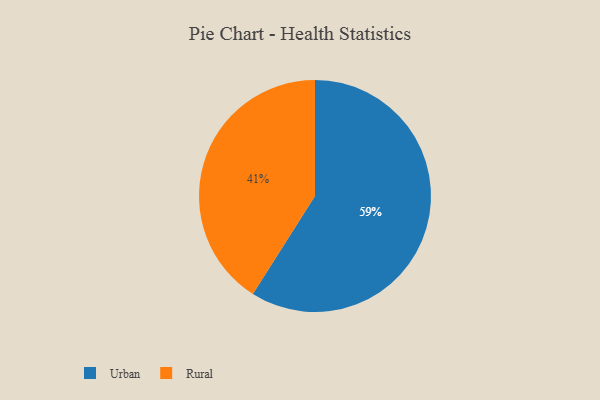
{"axis": {"x": "Category", "y": "Percentage"}, "legend": ["Rural", "Urban"], "data": [{"x": "Rural", "y": 41, "type": "Rural"}, {"x": "Urban", "y": 59, "type": "Urban"}]}